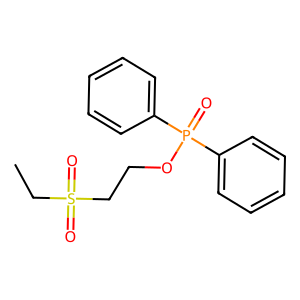
SMILES: CCS(=O)(=O)CCOP(=O)(c1ccccc1)c1ccccc1
Inhibits HIV replication: No